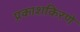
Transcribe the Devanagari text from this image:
प्रकाशकिरणे